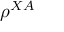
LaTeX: \rho ^ { X A }